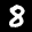
Label: 8